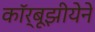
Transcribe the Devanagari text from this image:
कॉर्बूझीयेने